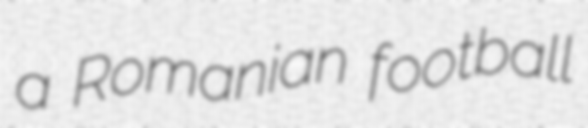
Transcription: a Romanian football